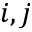
i , j